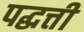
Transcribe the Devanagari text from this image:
पद्धत्ती